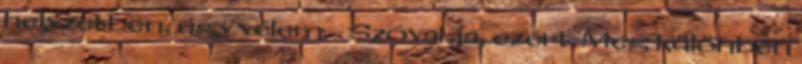
helyzetben, úgy vélem. - Szóval ja, ezért. Meg különben